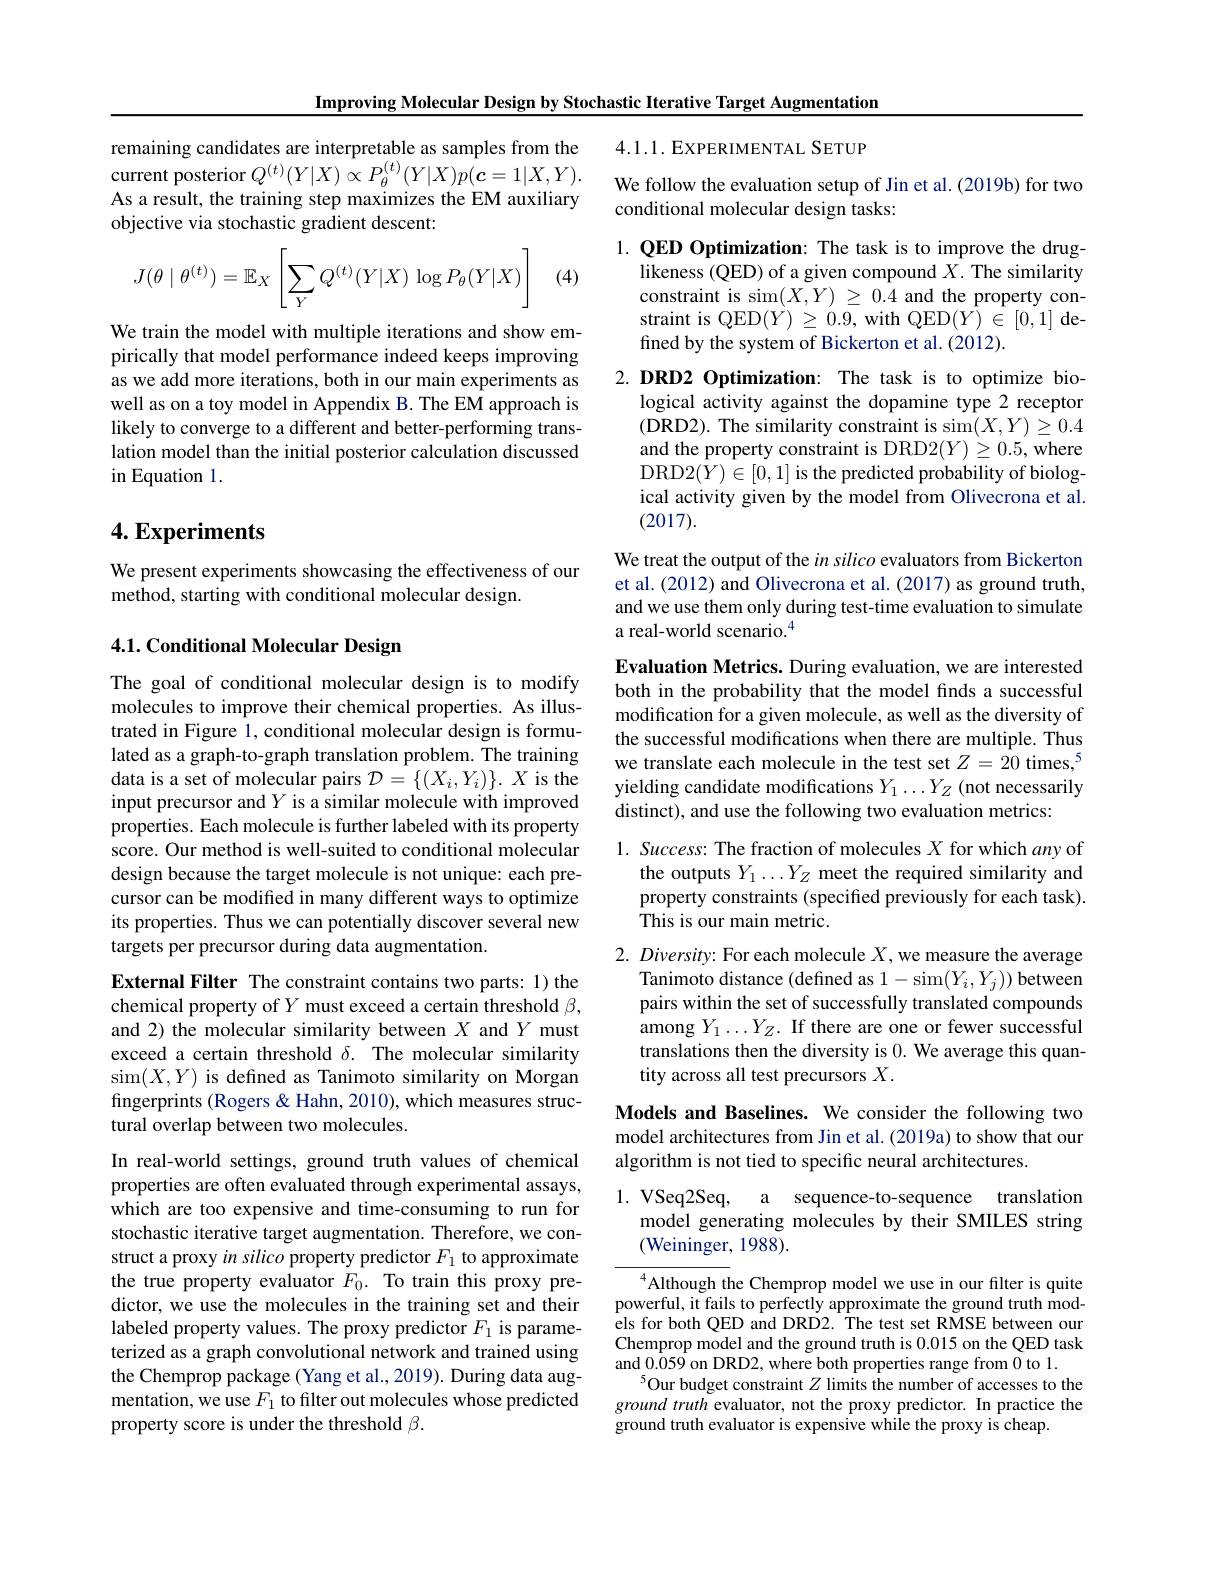
Improving Molecular Design by Stochastic Iterative Target Augmentation

4.1.1.EXPERIMENTAL SETUP

remaining candidates are interpretable as samples from the current posterior $Q^{(t)}(Y|X)\propto P_{\theta}^{(t)}(Y|X)p(\boldsymbol{c}=1|X,Y).$ As a result, the training step maximizes the EM auxiliary objective via stochastic gradient descent:

(4)
$$J(\theta\mid\theta^{(t)})=\mathbb{E}_X\left[\sum_YQ^{(t)}(Y|X)\:\log P_\theta(Y|X)\right]$$
We train the model with multiple iterations and show empirically that model performance indeed keeps improving as we add more iterations, both in our main experiments as well as on a toy model in Appendix B. The EM approach is likely to converge to a different and better-performing translation model than the initial posterior calculation discussed in Equation 1.

## $4. \textbf{Experiments}$

We present experiments showcasing the effectiveness of our
method, starting with conditional molecular design.

## 4.1. Conditional Molecular Design

The goal of conditional molecular design is to modify molecules to improve their chemical properties. As illustrated in Figure 1, conditional molecular design is formulated as a graph-to-graph translation problem. The training data is a set of molecular pairs $\mathcal{D}=\{(X_{i},Y_{i})\}.X$ is the input precursor and $Y$ is a similar molecule with improved properties. Each molecule is further labeled with its property score. Our method is well-suited to conditional molecular design because the target molecule is not unique: each precursor can be modified in many different ways to optimize its properties. Thus we can potentially discover several new targets per precursor during data augmentation.

External Filter The constraint contains two parts: 1) the chemical property of $Y$ must exceed a certain threshold $\beta$, and 2) the molecular similarity between $X$ and $Y$ must exceed a certain threshold $\delta.$ The molecular similarity sim$(X,Y)$ is defined as Tanimoto similarity on Morgan fingerprints (Rogers & Hahn, 2010), which measures structural overlap between two molecules.

In real-world settings, ground truth values of chemical properties are often evaluated through experimental assays, which are too expensive and time-consuming to run for stochastic iterative target augmentation. Therefore, we construct a proxy in silico property predictor $F_1$ to approximate the true property evaluator $F_0.$ To train this proxy predictor, we use the molecules in the training set and their labeled property values. The proxy predictor $F_{1}$ is parameterized as a graph convolutional network and trained using the Chemprop package (Yang et al., 2019). During data augmentation, we use $F_1$ to filter out molecules whose predicted property score is under the threshold $\beta.$

We follow the evaluation setup of Jin et al. (2019b) for two
conditional molecular design tasks:

1. QED Optimization: The task is to improve the drug-
likeness (QED) of a given compound $X.$ The similarity constraint is sim$( X, Y)$ $\geq 0. 4$ and the property constraint is QED$(Y)\geq0.9$, with QED$(\tilde{Y})\in[0,1]$ defined by the system of Bickerton et al. (2012).

2.DRD2 Optimization: The task is to optimize bio-
logical activity against the dopamine type 2 receptor (DRD2). The similarity constraint is sim$(X,Y)\geq0.4$ and the property constraint is DRD2$(Y)\geq0.5$, where DRD2$(Y)\in[0,1]$ is the predicted probability of biological activity given by the model from Olivecrona et al. (2017).

We treat the output of the in silico evaluators from Bickerton et al. (2012) and Olivecrona et al. (2017) as ground truth, and we use them only during test-time evaluation to simulate a real-world scenario.$^{4}$

Evaluation Metrics. During evaluation, we are interested both in the probability that the model finds a successful modification for a given molecule, as well as the diversity of the successful modifications when there are multiple. Thus we translate each molecule in the test set $Z=20$ times,$^5$ yielding candidate modifications $Y_1\ldots Y_Z$ (not necessarily distinct), and use the following two evaluation metrics:

1. Success: The fraction of molecules $X$ for which any of
the outputs $Y_1\ldots Y_Z$ meet the required similarity and property constraints (specified previously for each task). This is our main metric.

2. Diversity: For each molecule $X$,we measure the average
Tanimoto distance (defined as 1-sim$(Y_i,Y_j))$ between pairs within the set of successfully translated compounds among $Y_1\ldots Y_Z.$ If there are one or fewer successful translations then the diversity is 0. We average this quantity across all test precursors $X.$

Models and Baselines. We consider the following two model architectures from Jin et al. (2019a) to show that our algorithm is not tied to specific neural architectures.

1. VSeq2Seq, a sequence-to-sequence translation
model generating molecules by their SMILES string
(Weininger, 1988).

$^{4}$Although the Chemprop model we use in our filter is quite powerful, it fails to perfectly approximate the ground truth models for both QED and DRD2. The test set RMSE between our Chemprop model and the ground truth is 0.015 on the QED task and $0.\dot{0}59$ on DRD2, where both properties range from 0 to 1.
$^{5}$Our budget constraint $Z$ limits the number of accesses to the $ground\textit{ truth evaluator, not the proxy predictor. In practice the}$ ground truth evaluator is expensive while the proxy is cheap.